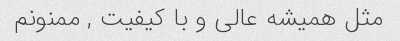
مثل همیشه عالی و با کیفیت , ممنونم